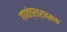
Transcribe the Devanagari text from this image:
गणतंत्रत्रात्मक